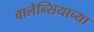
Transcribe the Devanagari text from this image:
वालेन्सियाच्या